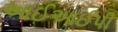
આઈઆઈપી